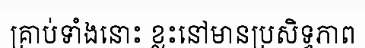
គ្រាប់ទាំងនោះ ខ្លះនៅមានប្រសិទ្ធភាព